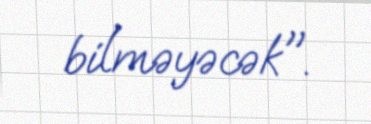
bilməyəcək".